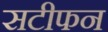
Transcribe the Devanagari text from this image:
सटीफन